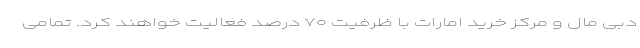
دبی مال و مرکز خرید امارات با ظرفیت ۷۰ درصد فعالیت خواهند کرد. تمامی